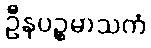
ဦနပဉ္စမာသကံ